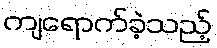
ကျရောက်ခဲ့သည့်